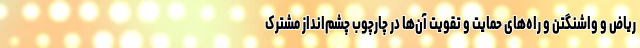
ریاض و واشنگتن و راه‌های حمایت و تقویت آن‌ها در چارچوب چشم‌انداز مشترک